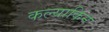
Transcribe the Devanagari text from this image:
कल्याकिन